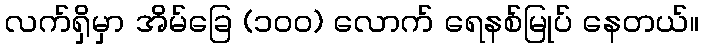
လက်ရှိမှာ အိမ်ခြေ (၁၀၀) လောက် ရေနစ်မြုပ် နေတယ်။